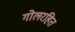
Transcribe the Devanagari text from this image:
गोलरहित